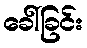
ခေါ်ခြင်း